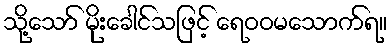
သို့သော် မိုးခေါင်သဖြင့် ရေဝဝမသောက်ရ။